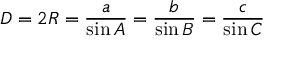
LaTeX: D = 2 R = { \frac { a } { \sin A } } = { \frac { b } { \sin B } } = { \frac { c } { \sin C } }